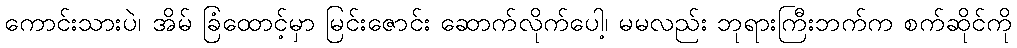
ကောင်းသားပဲ၊ အိမ် ခြံထောင့်မှာ မြင်းဇောင်း ဆောက်လိုက်ပေါ့၊ မမလည်း ဘုရားကြီးဘက်က စက်ဆိုင်ကို